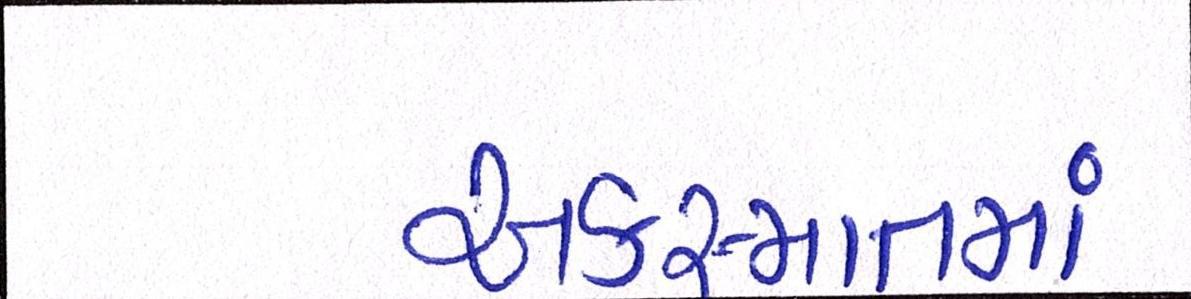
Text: અકસ્માતમાં